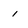
Character: 1